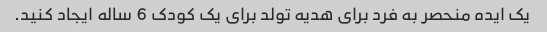
یک ایده منحصر به فرد برای هدیه تولد برای یک کودک 6 ساله ایجاد کنید.